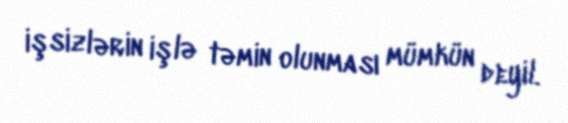
işsizlərin işlə təmin olunması mümkün deyil.